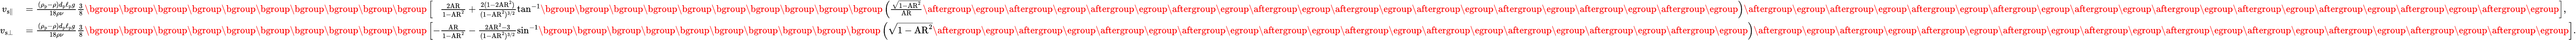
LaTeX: \begin{array}{rl}{v_{{\mathrm{s}}\parallel}}&{{}=\frac{(\rho_{\mathrm{p}}-\rho)d_{\mathrm{p}}\ell_{\mathrm{p}}g}{18\rho\nu}\frac{3}{8}\mathopen{}\mathclose\bgroup\mathopen{}\mathclose\bgroup\mathopen{}\mathclose\bgroup\mathopen{}\mathclose\bgroup\mathopen{}\mathclose\bgroup\mathopen{}\mathclose\bgroup\mathopen{}\mathclose\bgroup\mathopen{}\mathclose\bgroup\mathopen{}\mathclose\bgroup\mathopen{}\mathclose\bgroup\left[\phantom{-}\frac{2\mathrm{AR}}{1-\mathrm{AR}^{2}}+\frac{2(1-2\mathrm{AR}^{2})}{(1-\mathrm{AR}^{2})^{3/2}}\tan^{-1}\mathopen{}\mathclose\bgroup\mathopen{}\mathclose\bgroup\mathopen{}\mathclose\bgroup\mathopen{}\mathclose\bgroup\mathopen{}\mathclose\bgroup\mathopen{}\mathclose\bgroup\mathopen{}\mathclose\bgroup\mathopen{}\mathclose\bgroup\mathopen{}\mathclose\bgroup\mathopen{}\mathclose\bgroup\left(\frac{\sqrt{1-\mathrm{AR}^{2}}}{\mathrm{AR}}\aftergroup\egroup\aftergroup\egroup\aftergroup\egroup\aftergroup\egroup\aftergroup\egroup\aftergroup\egroup\aftergroup\egroup\aftergroup\egroup\aftergroup\egroup\aftergroup\egroup\right)\aftergroup\egroup\aftergroup\egroup\aftergroup\egroup\aftergroup\egroup\aftergroup\egroup\aftergroup\egroup\aftergroup\egroup\aftergroup\egroup\aftergroup\egroup\aftergroup\egroup\right],}\\ {v_{{\mathrm{s}}\bot}}&{{}=\frac{(\rho_{\mathrm{p}}-\rho)d_{\mathrm{p}}\ell_{\mathrm{p}}g}{18\rho\nu}\frac{3}{8}\mathopen{}\mathclose\bgroup\mathopen{}\mathclose\bgroup\mathopen{}\mathclose\bgroup\mathopen{}\mathclose\bgroup\mathopen{}\mathclose\bgroup\mathopen{}\mathclose\bgroup\mathopen{}\mathclose\bgroup\mathopen{}\mathclose\bgroup\mathopen{}\mathclose\bgroup\mathopen{}\mathclose\bgroup\left[-\frac{\mathrm{AR}}{1-\mathrm{AR}^{2}}-\frac{2\mathrm{AR}^{2}-3}{(1-\mathrm{AR}^{2})^{3/2}}\sin^{-1}\mathopen{}\mathclose\bgroup\mathopen{}\mathclose\bgroup\mathopen{}\mathclose\bgroup\mathopen{}\mathclose\bgroup\mathopen{}\mathclose\bgroup\mathopen{}\mathclose\bgroup\mathopen{}\mathclose\bgroup\mathopen{}\mathclose\bgroup\mathopen{}\mathclose\bgroup\mathopen{}\mathclose\bgroup\left(\sqrt{1-\mathrm{AR}^{2}}\aftergroup\egroup\aftergroup\egroup\aftergroup\egroup\aftergroup\egroup\aftergroup\egroup\aftergroup\egroup\aftergroup\egroup\aftergroup\egroup\aftergroup\egroup\aftergroup\egroup\right)\aftergroup\egroup\aftergroup\egroup\aftergroup\egroup\aftergroup\egroup\aftergroup\egroup\aftergroup\egroup\aftergroup\egroup\aftergroup\egroup\aftergroup\egroup\aftergroup\egroup\right].}\end{array}